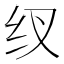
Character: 𮵿